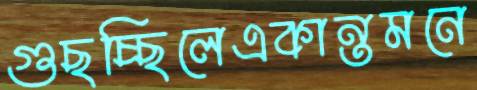
গুছচ্ছিলেএকান্তমনে